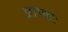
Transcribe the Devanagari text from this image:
प्राणाः